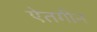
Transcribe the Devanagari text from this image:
ऐतगीन